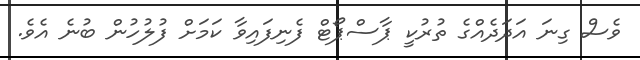
ވެސް ގިނަ އަދަދެއްގެ ތުރުކީ ޕާސްޕޯޓް ފެނިފައިވާ ކަމަށް ފުލުހުން ބުނެ އެވެ.